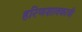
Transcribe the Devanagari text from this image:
हरिणशावकाची